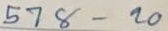
578 - 20